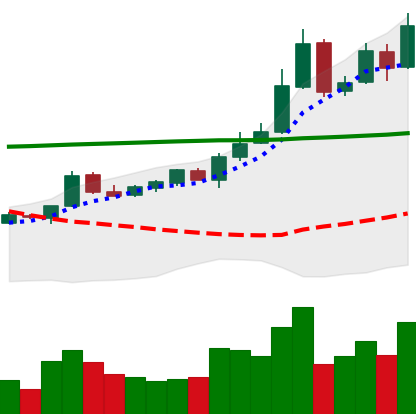
Ticker: BTC-USD
Chart end date: 2015-10-22
Forward return: 7.213%
Label: up_7plus